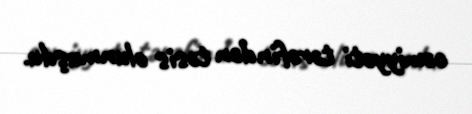
cəmiyyəti tərəfindən təsis olunmuşdu.